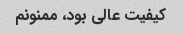
کیفیت عالی بود، ممنونم